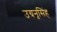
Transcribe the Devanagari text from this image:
उग्रनृसिंह